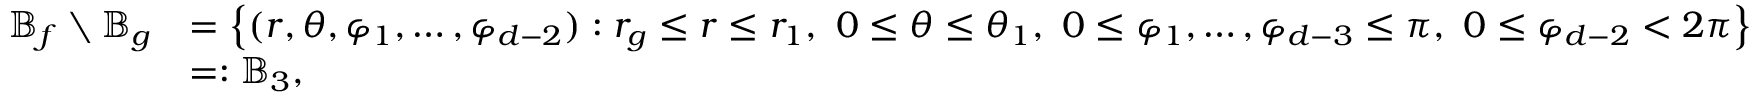
\begin{array} { r l } { \mathbb { B } _ { f } \setminus \mathbb { B } _ { g } } & { = \left\{ ( r , \theta , \varphi _ { 1 } , \dots , \varphi _ { d - 2 } ) : r _ { g } \le r \le r _ { 1 } , \ 0 \le \theta \le \theta _ { 1 } , \ 0 \le \varphi _ { 1 } , \dots , \varphi _ { d - 3 } \le \pi , \ 0 \le \varphi _ { d - 2 } < 2 \pi \right\} } \\ & { = : \mathbb { B } _ { 3 } , } \end{array}